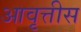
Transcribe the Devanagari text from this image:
आवृत्तीस